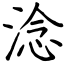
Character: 淰